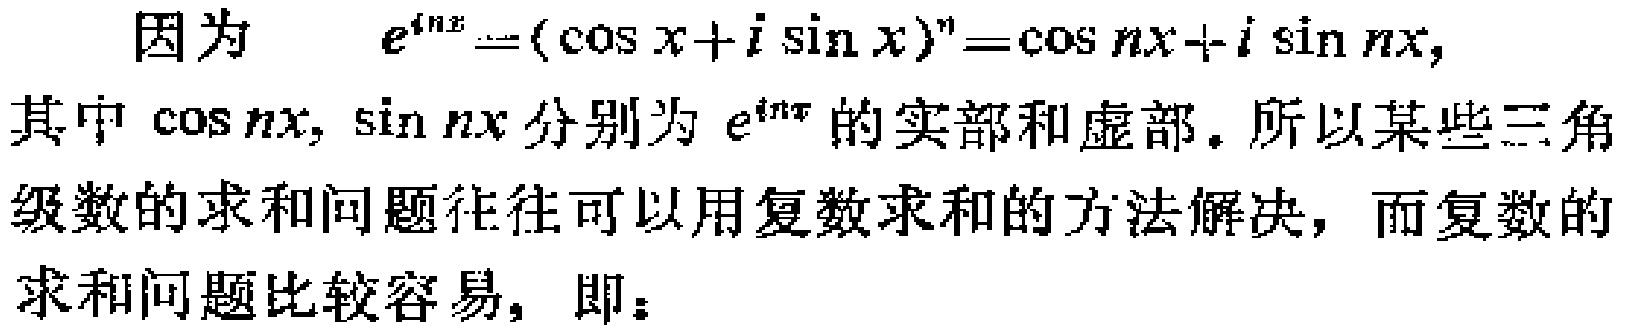
因为 \(e^{inx}=(\cos x + i\sin x)^n=\cos nx + i\sin nx\)，其中 \(\cos nx, \sin nx\) 分别为 \(e^{inx}\) 的实部和虚部。所以某些三角级数的求和问题往往可以用复数求和的方法解决，而复数的求和问题比较容易，即：